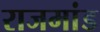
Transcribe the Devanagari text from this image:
राजमांड